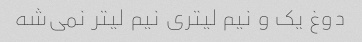
دوغ یک و نیم لیتری نیم لیتر نمی‌شه